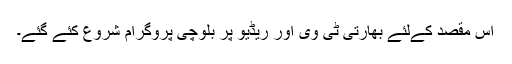
اس مقصد کےلئے بھارتی ٹی وی اور ریڈیو پر بلوچی پروگرام شروع کئے گئے۔